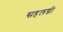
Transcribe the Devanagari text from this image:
सहलग्नी